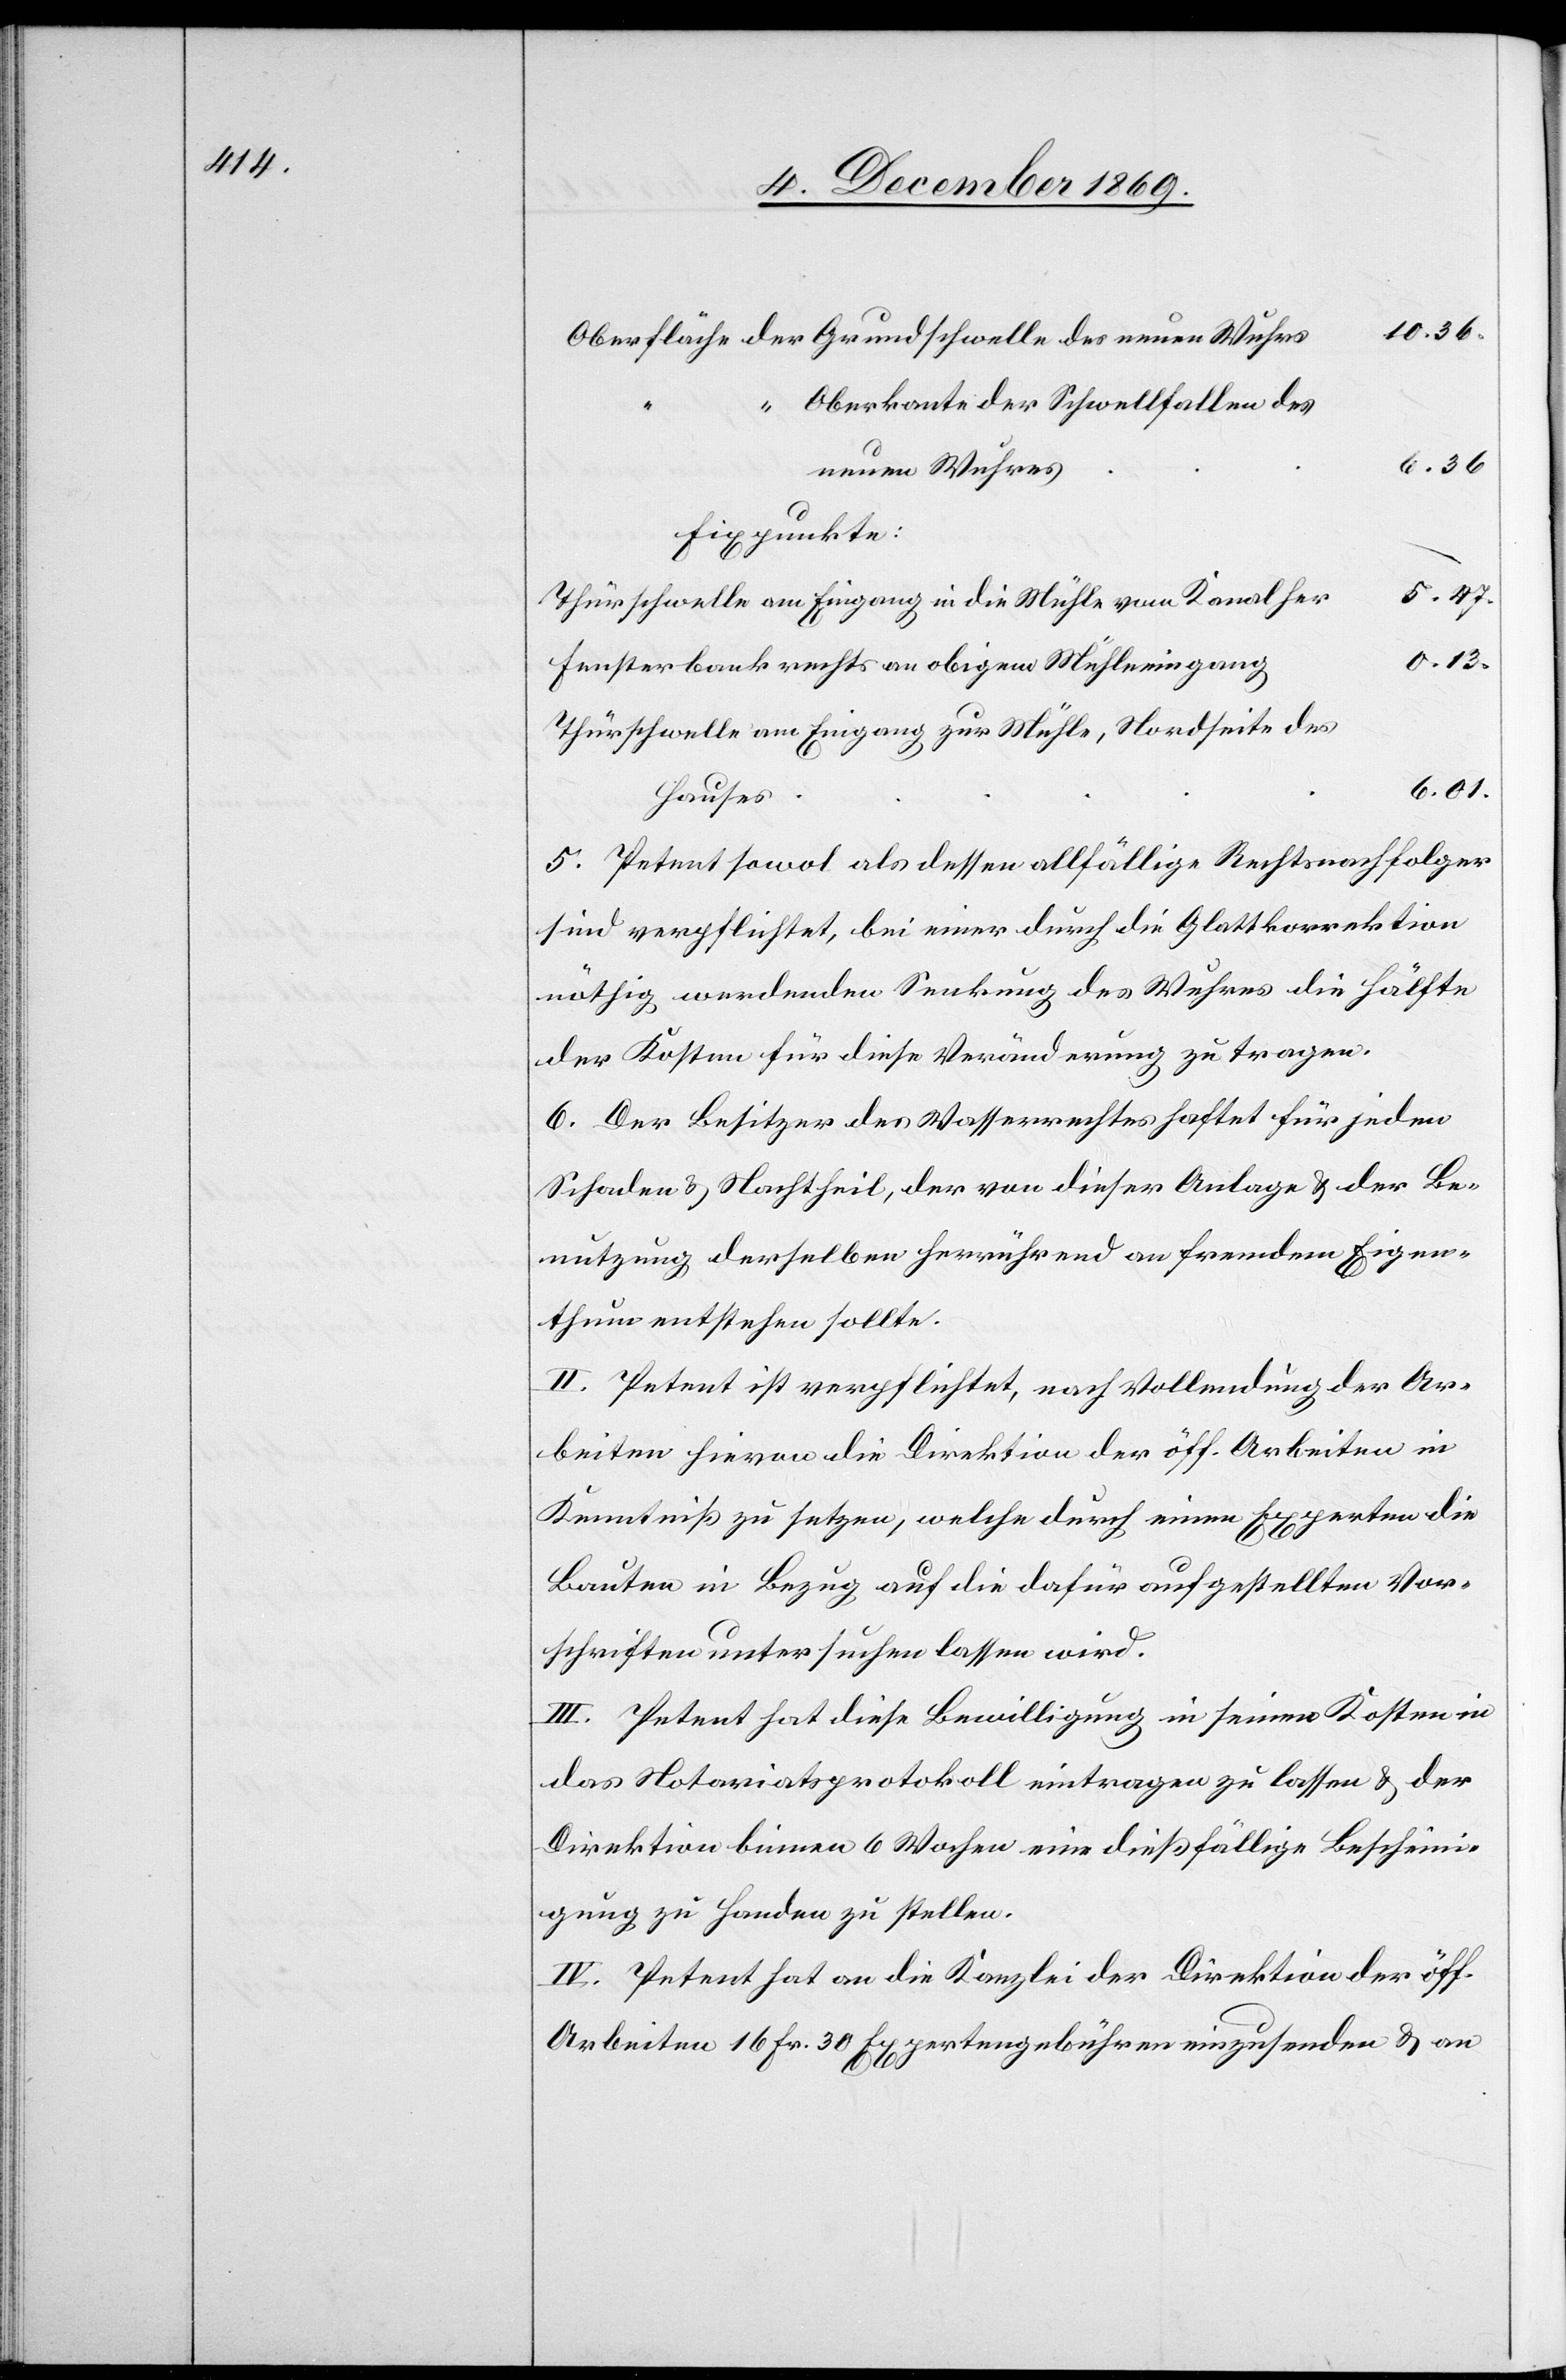
10.36.
Oberfläche der Grundschwelle des neuen Wuhrs
Oberkante der Schwellfallen des
6.36
neuen Wuhres
Fixpunkte:
5.47.
Thürschwelle am Eingang in die Mühle vom Kanal her
0.13.
Fensterbank rechts an obigem Mühleeingang
Thürschwelle am Eingang zur Mühle, Nordseite des
6.01.
Hauses
5. Petent sowol als dessen allfällige Rechtsnachfolger
sind verpflichtet, bei einer durch die Glattkorrektion
nöthig werdenden Senkung des Wuhres die Hälfte
der Kosten für diese Veränderung zu tragen.
6. Der Besitzer des Wasserrechtes haftet für jeden
Schaden & Nachtheil, der von dieser Anlage & der Be¬
nutzung derselben herrührend an fremdem Eigen¬
thum entstehen sollte.
II. Petent ist verpflichtet, nach Vollendung der Ar¬
beiten hievon die Direktion der öff. Arbeiten in
Kenntniß zu setzen, welche durch einen Experten die
Bauten in Bezug auf die dafür aufgestellten Vor¬
schriften untersuchen lassen wird.
III. Petent hat diese Bewilligung in seinen Kosten in
das Notariatsprotokoll eintragen zu lassen & der
Direktion binnen 6 Wochen eine dießfällige Bescheini¬
gung zu Handen zu stellen.
IV. Petent hat an die Kanzlei der Direktion der öff.
Arbeiten 16 Fr. 30 Expertengebühren einzusenden & an